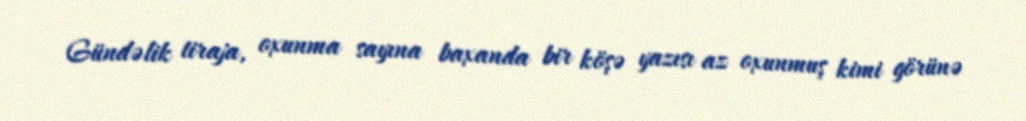
Gündəlik tiraja, oxunma sayına baxanda bir köşə yazısı az oxunmuş kimi görünə